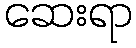
ဆေးရာ